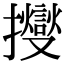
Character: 𢹒